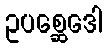
ဥပစ္ဆေဒေါ